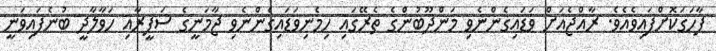
ފާހަގަކޮށްފައިވެއެވެ. ރާއްޖެއަށް ވަޑައިގެންނެވި މަންދޫބުންގެ ތެރޭގައި ހިމެނިވަޑައިގެންނެވި ޖާމަނީގެ ސަފީރާއި ހަވާލާދީ ބުނެފައިވަނީ